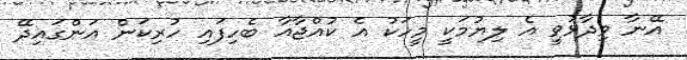
އޭނާ ވިދާޅުވީ އެ ލިޔުމަކީ މީހަކު އެ ކުއްޖާއާ ބެހިފައި ހުރިކަން އަންގައިދޭ